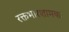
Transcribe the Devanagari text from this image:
रक्तभारशामक